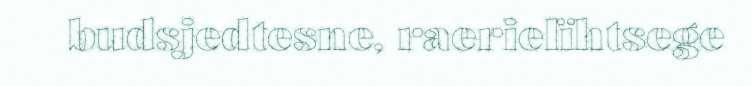
budsjedtesne, raerielïhtsege